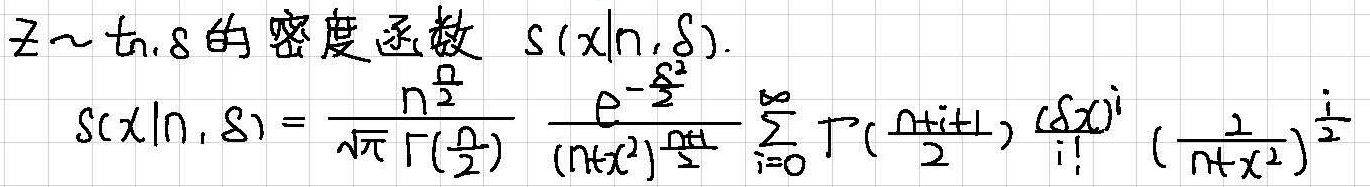
$Z\sim t_{n,\delta}$的密度函数 $s(x|n,\delta)$.
\[
s(x|n,\delta)=\frac{n^{\frac{n}{2}}}{\sqrt{\pi}\Gamma(\frac{n}{2})}\frac{e^{-\frac{\delta^{2}}{2}}}{(n + x^{2})^{\frac{n+1}{2}}}\sum_{i = 0}^{\infty}\Gamma(\frac{n + i+1}{2})\frac{(\delta x)^{i}}{i!}(\frac{1}{n + x^{2}})^{\frac{i}{2}}
\]